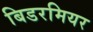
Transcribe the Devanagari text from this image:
बिडरमियर